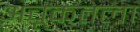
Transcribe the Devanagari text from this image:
अचूकतेला